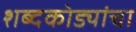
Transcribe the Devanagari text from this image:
शब्दकोड्यांचा